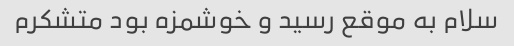
سلام به موقع رسید و خوشمزه بود متشکرم